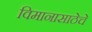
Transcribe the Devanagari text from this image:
विमानासाठेचे